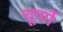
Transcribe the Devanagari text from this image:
चूर्णो